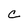
Character: C